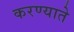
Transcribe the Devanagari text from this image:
करण्याते